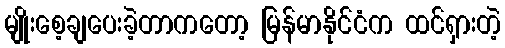
မျိုးစေ့ချပေးခဲ့တာကတော့ မြန်မာနိုင်ငံက ထင်ရှားတဲ့